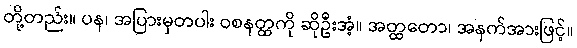
တို့တည်း။ ပန၊ အပြားမှတပါး ဝစနတ္ထကို ဆိုဦးအံ့။ အတ္ထတော၊ အနက်အားဖြင့်။